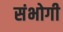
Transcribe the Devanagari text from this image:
संभोगी